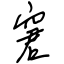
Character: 窘